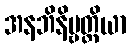
အနဘိနိဗ္ဗတ္တိယာ